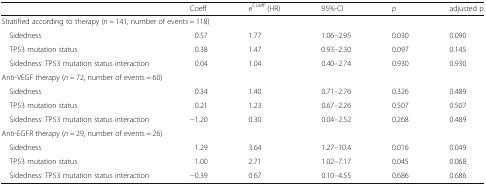
|  | Coeff | eCoeff (HR) | 95%-CI | p | adjusted p |
 | --- | --- | --- | --- | --- | --- |
 | <COLSPAN=6> Stratified according to therapy (n = 141, number of events = 118) |
 | Sidedness | 0.57 | 1.77 | 1.06–2.95 | 0.030 | 0.090 |
 | TP53 mutation status | 0.38 | 1.47 | 0.93–2.30 | 0.097 | 0.145 |
 | Sidedness: TP53 mutation status interaction | 0.04 | 1.04 | 0.40–2.74 | 0.930 | 0.930 |
 | <COLSPAN=6> Anti-VEGF therapy (n = 72, number of events = 60) |
 | Sidedness | 0.34 | 1.40 | 0.71–2.76 | 0.326 | 0.489 |
 | TP53 mutation status | 0.21 | 1.23 | 0.67–2.26 | 0.507 | 0.507 |
 | Sidedness: TP53 mutation status interaction | −1.20 | 0.30 | 0.04–2.52 | 0.268 | 0.489 |
 | <COLSPAN=6> Anti-EGFR therapy (n = 29, number of events = 26) |
 | Sidedness | 1.29 | 3.64 | 1.27–10.4 | 0.016 | 0.049 |
 | TP53 mutation status | 1.00 | 2.71 | 1.02–7.17 | 0.045 | 0.068 |
 | Sidedness: TP53 mutation status interaction | −0.39 | 0.67 | 0.10–4.55 | 0.686 | 0.686 |